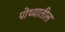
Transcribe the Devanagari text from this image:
पोथ्यातील